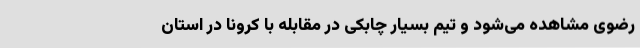
رضوی مشاهده می‌شود و تیم بسیار چابکی در مقابله با کرونا در استان